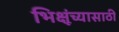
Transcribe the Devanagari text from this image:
भिक्षूंच्यासाठी